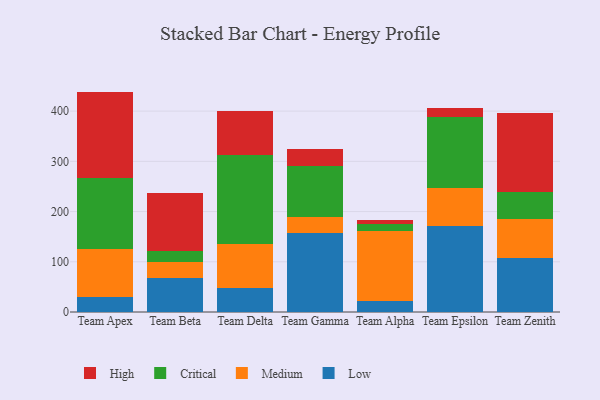
{"axis": {"x": "Team", "y": "Tickets Resolved"}, "legend": ["Critical", "High", "Low", "Medium"], "data": [{"x": "Team Apex", "y": 30.2, "type": "Low"}, {"x": "Team Apex", "y": 95.0, "type": "Medium"}, {"x": "Team Apex", "y": 141.6, "type": "Critical"}, {"x": "Team Apex", "y": 172.1, "type": "High"}, {"x": "Team Beta", "y": 66.9, "type": "Low"}, {"x": "Team Beta", "y": 32.1, "type": "Medium"}, {"x": "Team Beta", "y": 22.7, "type": "Critical"}, {"x": "Team Beta", "y": 115.9, "type": "High"}, {"x": "Team Delta", "y": 47.7, "type": "Low"}, {"x": "Team Delta", "y": 87.4, "type": "Medium"}, {"x": "Team Delta", "y": 176.9, "type": "Critical"}, {"x": "Team Delta", "y": 87.3, "type": "High"}, {"x": "Team Gamma", "y": 157.8, "type": "Low"}, {"x": "Team Gamma", "y": 30.4, "type": "Medium"}, {"x": "Team Gamma", "y": 103.2, "type": "Critical"}, {"x": "Team Gamma", "y": 32.4, "type": "High"}, {"x": "Team Alpha", "y": 21.3, "type": "Low"}, {"x": "Team Alpha", "y": 140.3, "type": "Medium"}, {"x": "Team Alpha", "y": 14.4, "type": "Critical"}, {"x": "Team Alpha", "y": 6.5, "type": "High"}, {"x": "Team Epsilon", "y": 171.1, "type": "Low"}, {"x": "Team Epsilon", "y": 76.6, "type": "Medium"}, {"x": "Team Epsilon", "y": 139.8, "type": "Critical"}, {"x": "Team Epsilon", "y": 18.7, "type": "High"}, {"x": "Team Zenith", "y": 107.5, "type": "Low"}, {"x": "Team Zenith", "y": 78.6, "type": "Medium"}, {"x": "Team Zenith", "y": 53.8, "type": "Critical"}, {"x": "Team Zenith", "y": 156.7, "type": "High"}]}